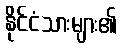
နိုင်ငံသားများ၏